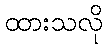
ထားသလို